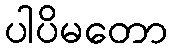
ပါပိမတော